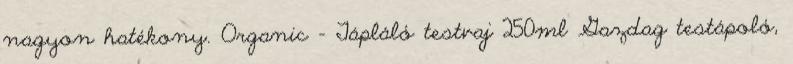
nagyon hatékony. Organic - Tápláló testvaj 250ml Gazdag testápoló,